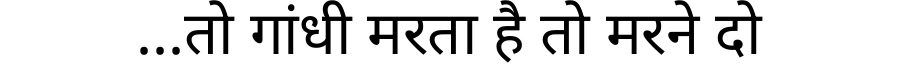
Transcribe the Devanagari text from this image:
...तो गांधी मरता है तो मरने दो